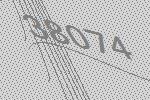
38074